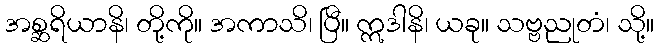
အစ္ဆရိယာနိ၊ တို့ကို။ အကာသိ၊ ပြီ။ ဣဒါနိ၊ ယခု။ သဗ္ဗညုတံ၊ သို့။